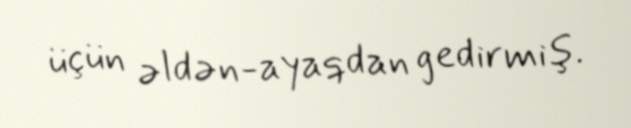
üçün əldən-ayaqdan gedirmiş.